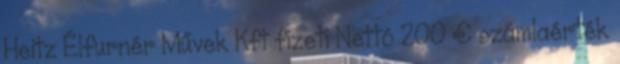
Heitz Élfurnér Művek Kft fizeti Nettó 200 € számlaérték